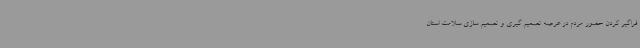
فراگیر کردن حضور مردم در عرصه تصمیم گیری و تصمیم سازی سلامت استان